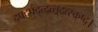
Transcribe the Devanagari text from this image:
द्फ्द्फ्द्त्द्त्त्र्द्र्त्स्क्ष्द्।